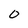
Character: 0